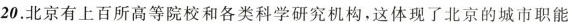
20.北京有上百所高等院校和各类科学研究机构，这体现了北京的城市职能